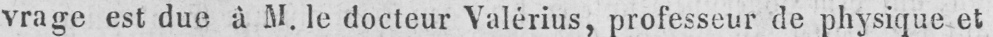
vrage est due à M. le docteur Valérius, professeur de physique et